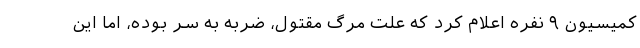
کمیسیون ۹ نفره اعلام کرد که علت مرگ مقتول، ضربه به سر بوده، اما این